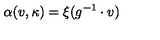
\alpha ( v , \kappa ) = \xi ( g ^ { - 1 } \cdot v )